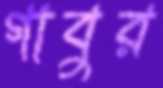
গাবুর